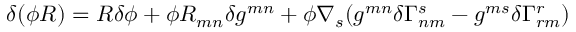
\delta ( \phi R ) = R \delta \phi + \phi R _ { m n } \delta g ^ { m n } + \phi \nabla _ { s } ( g ^ { m n } \delta \Gamma _ { n m } ^ { s } - g ^ { m s } \delta \Gamma _ { r m } ^ { r } )